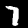
Label: 7